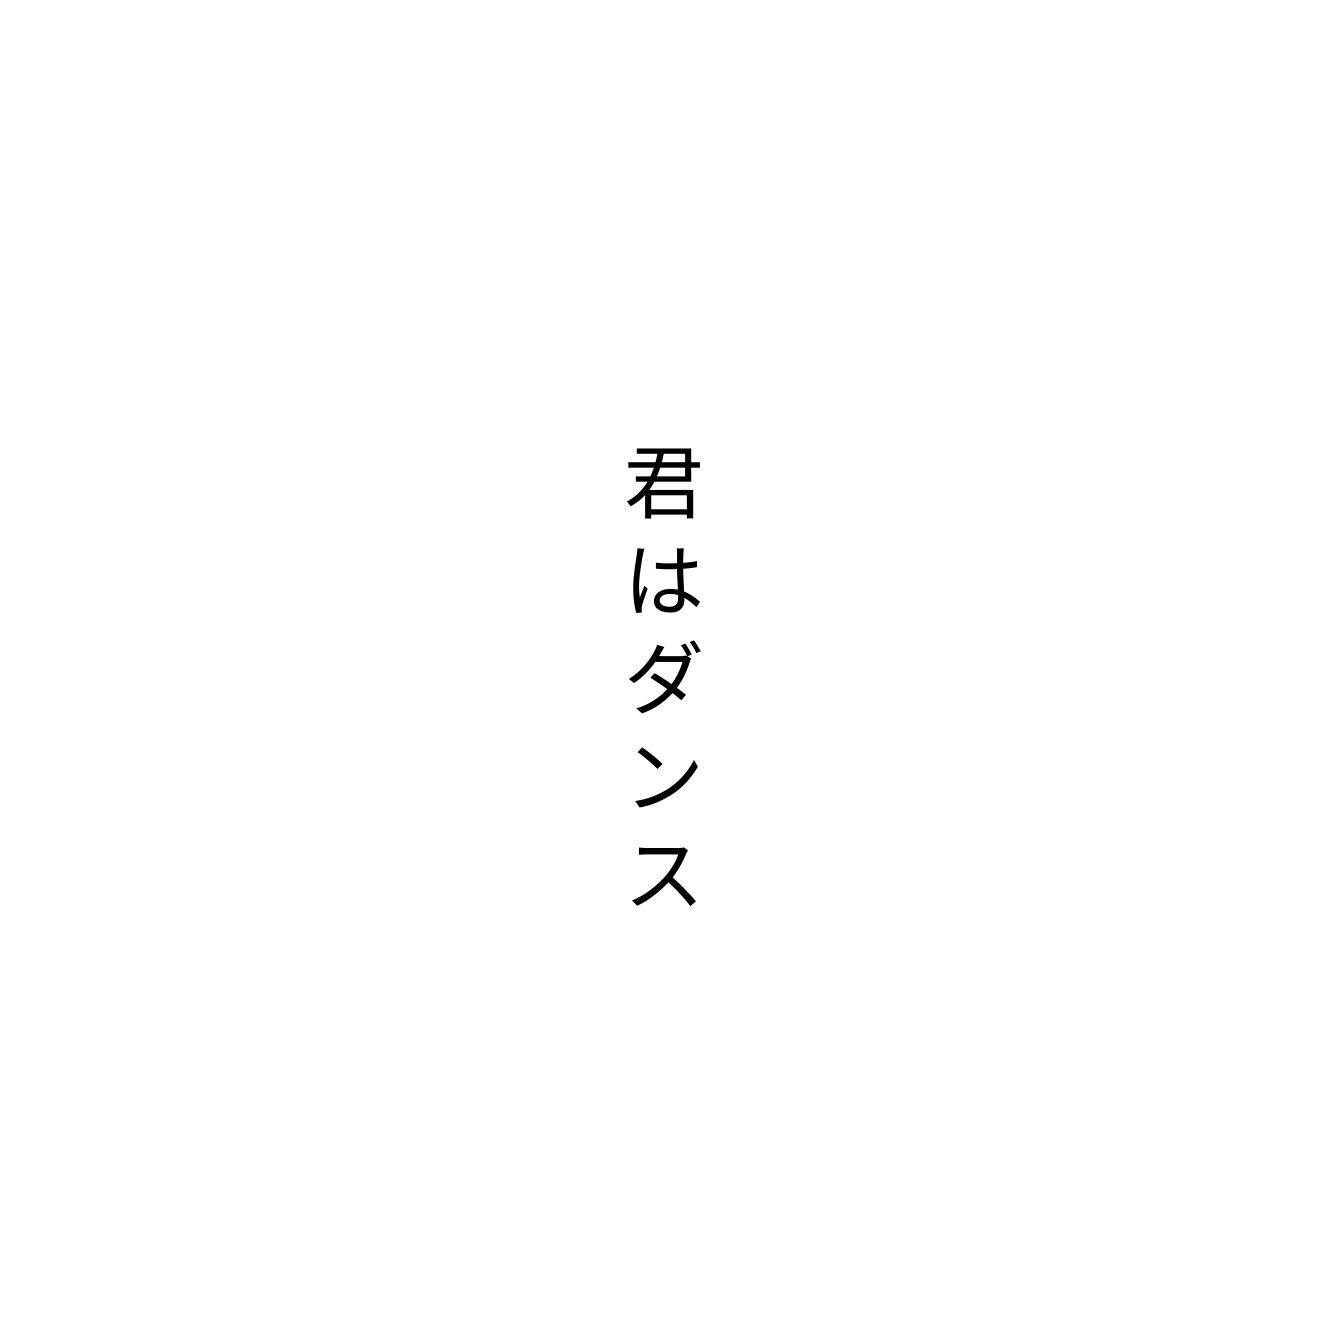
君はダンス